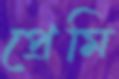
প্রেমি